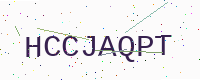
Text: HCCJAQPT